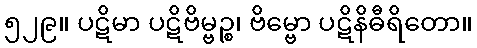
၅၂၉။ ပဋိမာ ပဋိဗိမ္ဗဉ္စ၊ ဗိမ္ဗော ပဋိနိဓီရိတော။